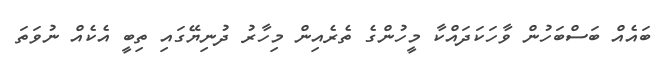
ބައެއް ބަސްބަހުން ވާހަކަދައްކާ މީހުންގެ ތެރެއިން މިހާރު ދުނިޔޭގައި ތިބީ އެކެއް ނުވަތަ